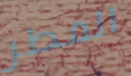
المطر